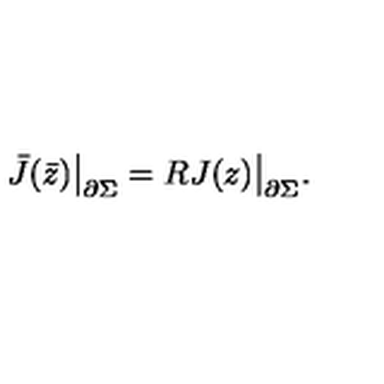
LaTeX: \bar { J } ( \bar { z } ) \bigr | _ { \partial \Sigma } = R J ( z ) \bigr | _ { \partial \Sigma } .